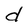
Character: d